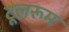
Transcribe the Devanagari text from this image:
टूलरूम